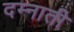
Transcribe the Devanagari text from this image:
दम्नाती